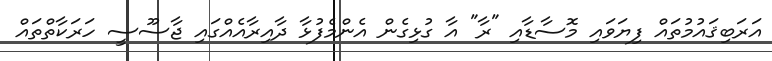
އަރަބިޤައުމުތައް ފިޔަވައި މޮސާޑާއި "ރާ" އާ ގުޅިގެން އެންމެފުޅާ ދާއިރާއެއްގައި ޖާސޫސީ ހަރަކާތްތައް